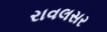
રાવલસર